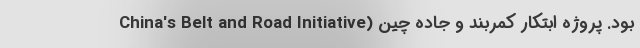
بود. پروژه ابتکار کمربند و جاده چین (China's Belt and Road Initiative